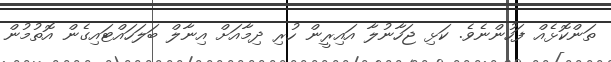
ތަންކޮޅެއް ފަހުންނެވެ. ކަޅި ޖަހާނުލާ އައިރީން ހުރި ދިމާއަށް އިނާލް ބަލަހައްޓައިގެން އޮތުމުން